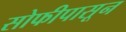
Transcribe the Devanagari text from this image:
सोफीपासून